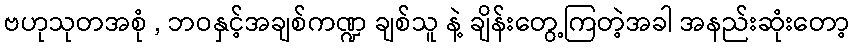
ဗဟုသုတအစုံ , ဘဝနှင့်အချစ်ကဏ္ဍ ချစ်သူ နဲ့ ချိန်းတွေ့ကြတဲ့အခါ အနည်းဆုံးတော့